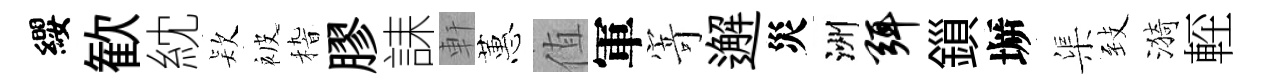
纓歓紞𣣇被𥟵膠誄軒蕙值軍𭔃邂災洲弭鎻󶱲渠𦤺漪䡖